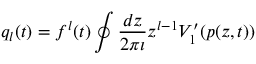
q _ { l } ( t ) = f ^ { l } ( t ) \oint \frac { d z } { 2 \pi \imath } z ^ { l - 1 } V _ { 1 } ^ { \prime } ( p ( z , t ) )